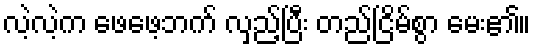
လဲ့လဲ့က ဖေဖေ့ဘက် လှည့်ပြီး တည်ငြိမ်စွာ မေး၏။